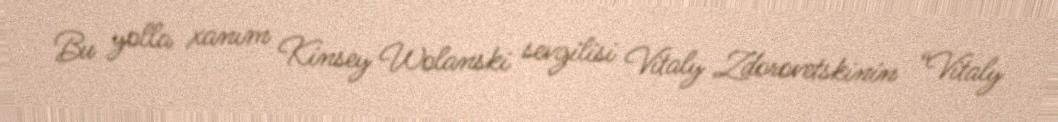
Bu yolla xanım Kinsey Wolanski sevgilisi Vitaly Zdorovetskinin “Vitaly